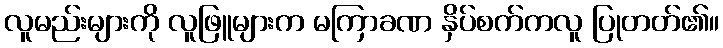
လူမည်းများကို လူဖြူများက မကြာခဏ နှိပ်စက်ကလူ ပြုတတ်၏။